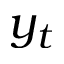
y _ { t }